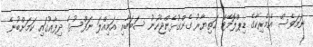
ނަމަވެސް އެމެރިކާގެ ޑިޕްލޮމޭޓް ހަތިޔާރު ގެންގުޅެންޖެހުނު ސަބަބާއި އަމިއްލަ ނަފްސުގެ ދިފާޢުގައި ކަމަށްބުނެ